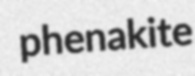
phenakite